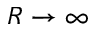
R \to \infty